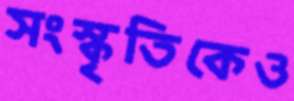
সংস্কৃতিকেও